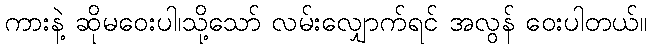
ကားနဲ့ ဆိုမဝေးပါ၊သို့သော် လမ်းလျှောက်ရင် အလွန် ဝေးပါတယ်။